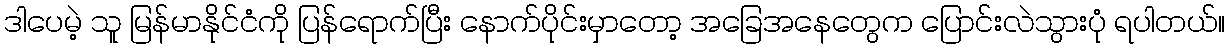
ဒါပေမဲ့ သူ မြန်မာနိုင်ငံကို ပြန်ရောက်ပြီး နောက်ပိုင်းမှာတော့ အခြေအနေတွေက ပြောင်းလဲသွားပုံ ရပါတယ်။